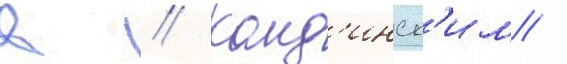
в // Канд'инск'им /